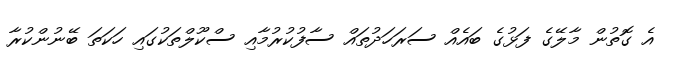
އެ ގޮތުން މާލޭގެ ފަޅުގެ ބައެއް ސަރަހަދުތައް ސާފުކުރުމާއި ސްކޫލްތަކުގައި ހަކަތަ ބޭނުންކުރާ